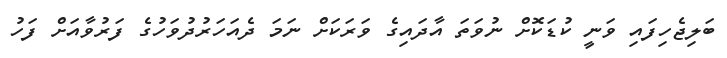
ބަލިޖެހިފައި ވަނީ ކުޑަކޮށް ނުވަތަ އާދައިގެ ވަރަކަށް ނަމަ ދެއަހަރުދުވަހުގެ ފަރުވާއަށް ފަހު